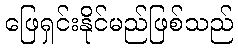
ဖြေရှင်းနိုင်မည်ဖြစ်သည်